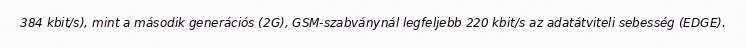
384 kbit/s), mint a második generációs (2G), GSM-szabványnál legfeljebb 220 kbit/s az adatátviteli sebesség (EDGE).